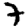
Digit: 7